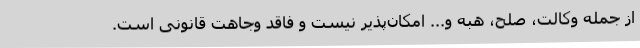
از جمله وکالت، صلح، هبه و... امکان‌پذیر نیست و فاقد وجاهت قانونی است.